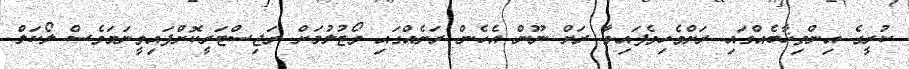
ކުރީގެ އިންތިޚާބެއްގައި ރަށްވެހިވެފައިވާ ރަށް ނޫން އެހެން ރަށެއްގައި ވޯޓުލުމަށް ރަޖިސްޓަރީކޮށްފައިވީނަމަވެސް ލޯކަލް